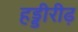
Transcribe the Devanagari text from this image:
हड्डीरीढ़